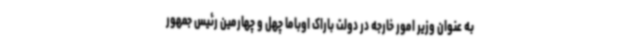
به عنوان وزیر امور خارجه در دولت باراک اوباما چهل و چهارمین رئیس جمهور